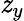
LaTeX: \mathit{z}_{y}